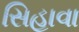
સિહાવા